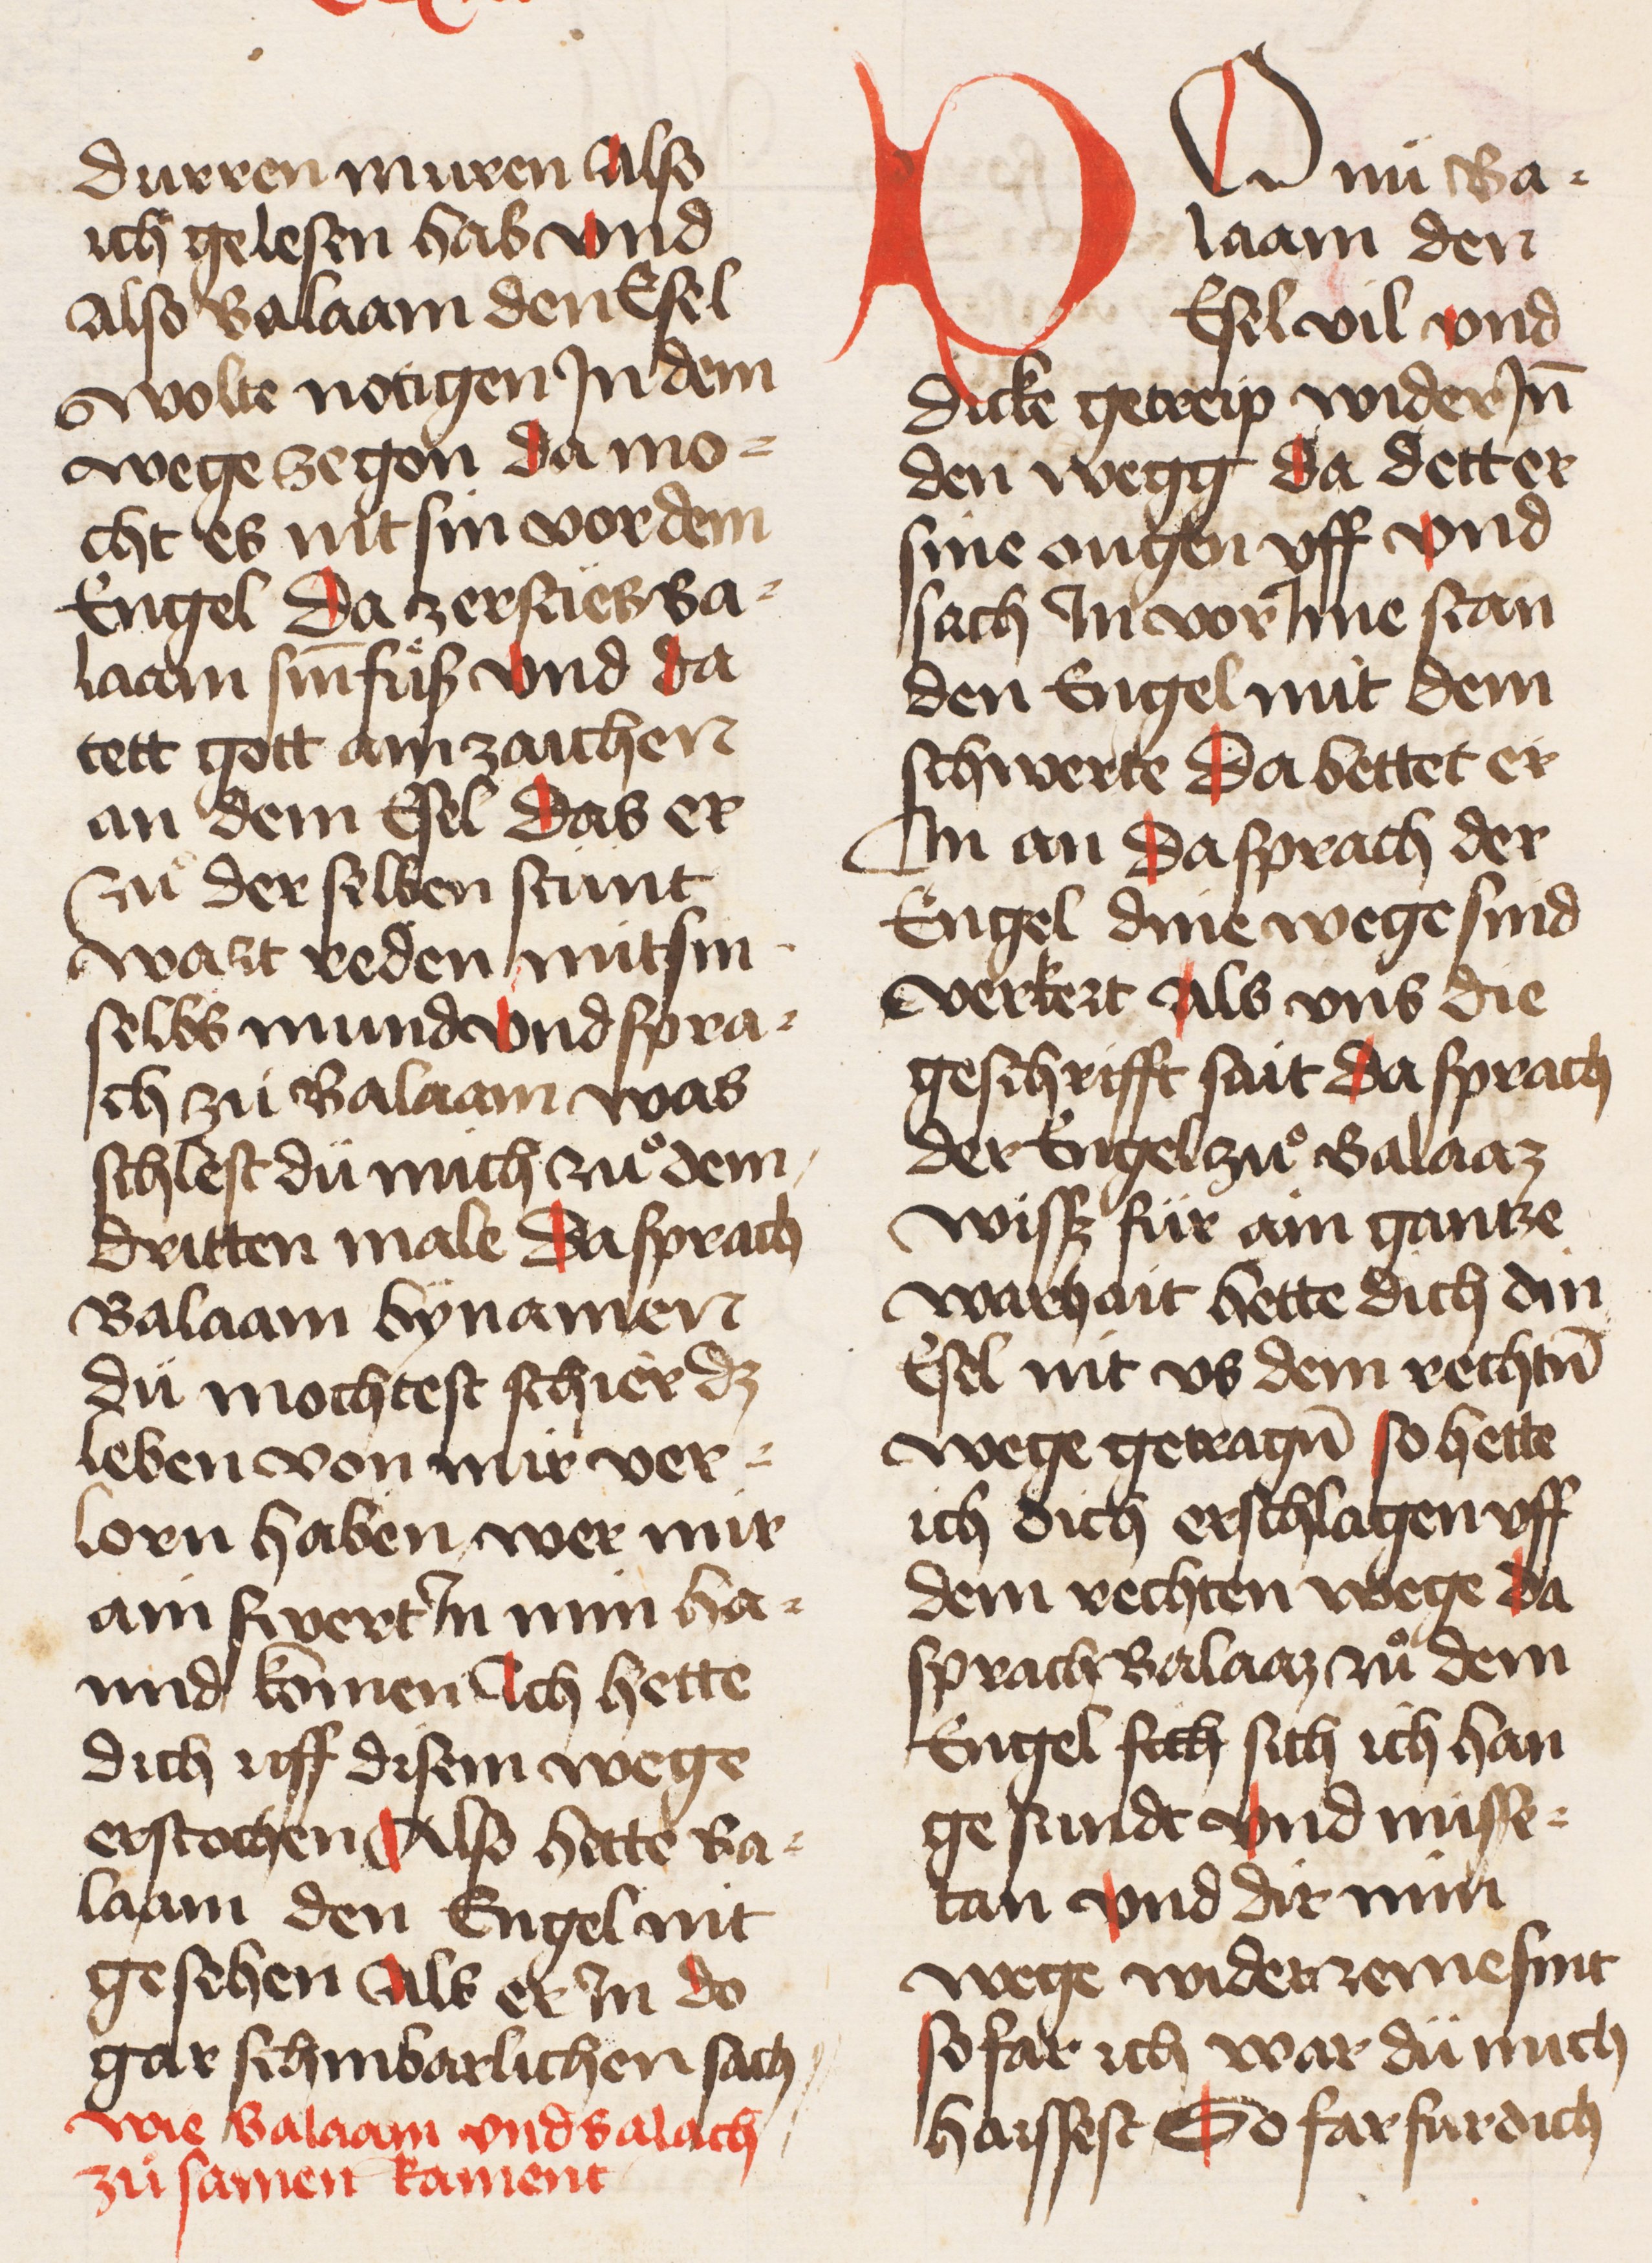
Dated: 1445–1455